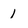
Character: 1